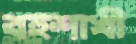
বহুশাখী